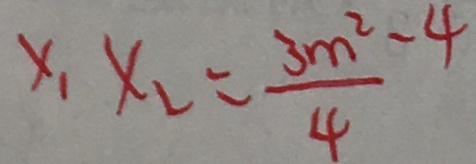
x _ { 1 } x _ { 2 } = \frac { 3 m ^ { 2 } - 4 } { 4 }